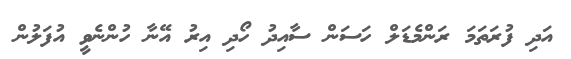
އަދި ފުރަތަމަ ރަންމެޑަލް ހަސަން ސާއިދު ހޯދި އިރު އޭނާ ހުންނެވީ އުފަލުން